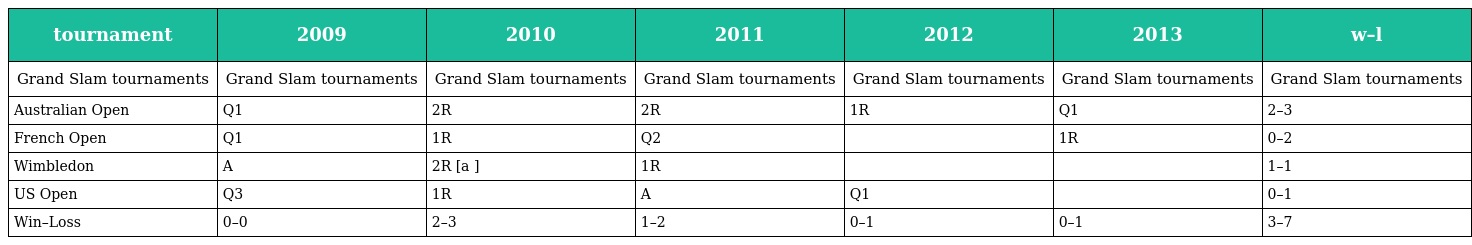
| tournament | 2009 | 2010 | 2011 | 2012 | 2013 | w–l |
 | --- | --- | --- | --- | --- | --- | --- |
 | Grand Slam tournaments | Grand Slam tournaments | Grand Slam tournaments | Grand Slam tournaments | Grand Slam tournaments | Grand Slam tournaments | Grand Slam tournaments |
 | Australian Open | Q1 | 2R | 2R | 1R | Q1 | 2–3 |
 | French Open | Q1 | 1R | Q2 |  | 1R | 0–2 |
 | Wimbledon | A | 2R [a ] | 1R |  |  | 1–1 |
 | US Open | Q3 | 1R | A | Q1 |  | 0–1 |
 | Win–Loss | 0–0 | 2–3 | 1–2 | 0–1 | 0–1 | 3–7 |